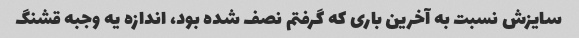
سایزش نسبت به آخرین باری که گرفتم نصف شده بود، اندازه یه وجبه قشنگ